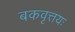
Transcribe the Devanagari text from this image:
बकवृत्तयः